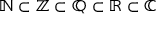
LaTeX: \mathbb { N } \subset \mathbb { Z } \subset \mathbb { Q } \subset \mathbb { R } \subset \mathbb { C }